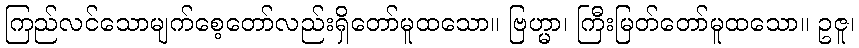
ကြည်လင်သောမျက်စေ့တော်လည်းရှိတော်မူထသော။ ဗြဟ္မာ၊ ကြီးမြတ်တော်မူထသော။ ဥဇူ၊